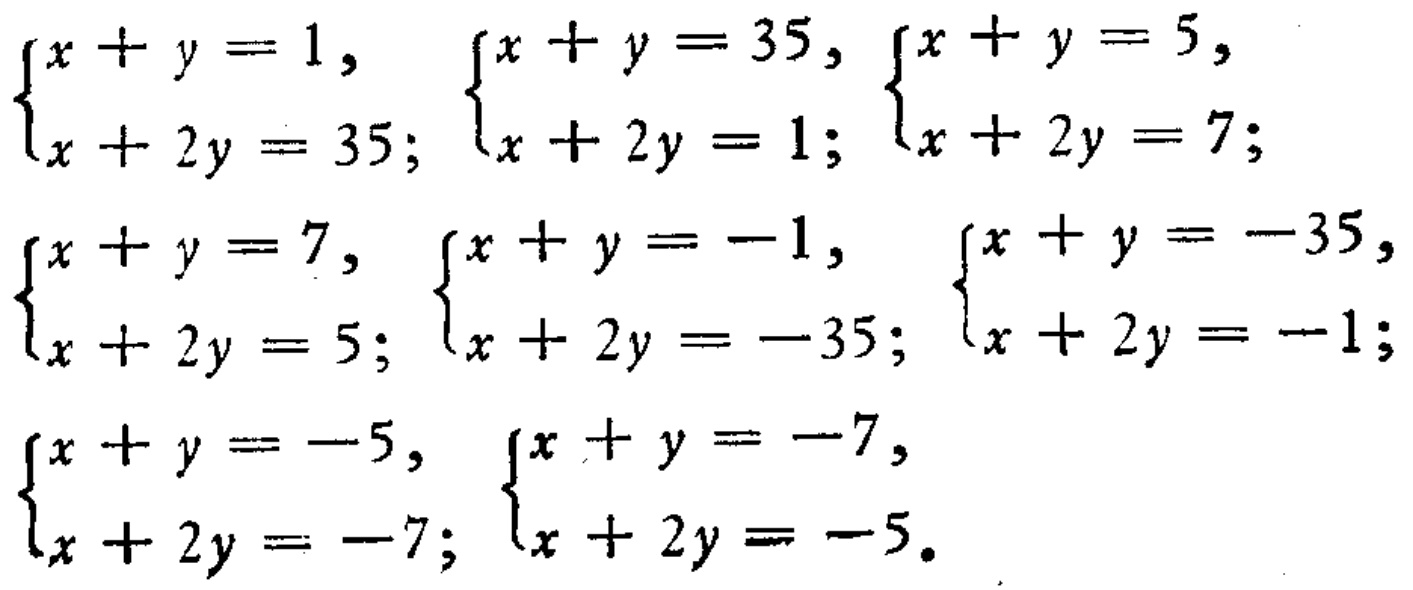
$\begin{cases}x + y = 1, \\x + 2y = 35;\end{cases} \begin{cases}x + y = 35, \\x + 2y = 1;\end{cases} \begin{cases}x + y = 5, \\x + 2y = 7;\end{cases} \\
\begin{cases}x + y = 7, \\x + 2y = 5;\end{cases} \begin{cases}x + y = -1, \\x + 2y = -35;\end{cases} \begin{cases}x + y = -35, \\x + 2y = -1;\end{cases} \\
\begin{cases}x + y = -5, \\x + 2y = -7;\end{cases} \begin{cases}x + y = -7, \\x + 2y = -5.\end{cases}$